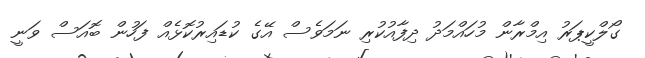
ގޯލްކީޕަރު އިމްރާން މުހައްމަދު ދިފާއުކުރި ނަމަވެސް އޭގެ ކުޑައިރުކޮޅެއް ފަހުން ބޮއަސް ވަނީ